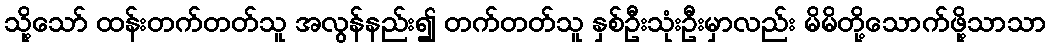
သို့သော် ထန်းတက်တတ်သူ အလွန်နည်း၍ တက်တတ်သူ နှစ်ဦးသုံးဦးမှာလည်း မိမိတို့သောက်ဖို့သာသာ